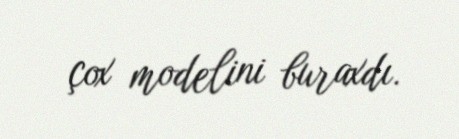
çox modelini buraxdı.